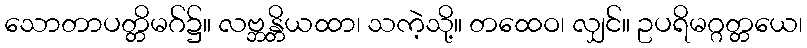
သောတာပတ္တိမဂ်၌။ လဗ္ဘန္တိယထာ၊ သကဲ့သို့။ တထေဝ၊ လျှင်။ ဥပရိမဂ္ဂတ္တယေ၊